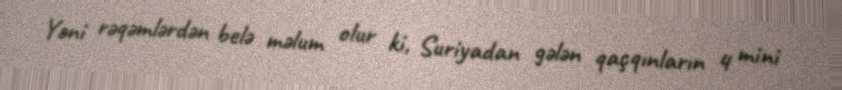
Yəni rəqəmlərdən belə məlum olur ki, Suriyadan gələn qaçqınların 4 mini